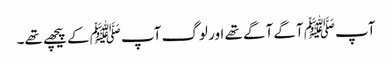
آپﷺ آگے آگے تھے اور لوگ آپﷺ کے پیچھے تھے۔